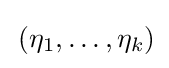
\,(\eta _{1},\ldots ,\eta _{k})